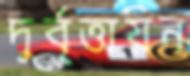
দুর্বৃত্তায়ন